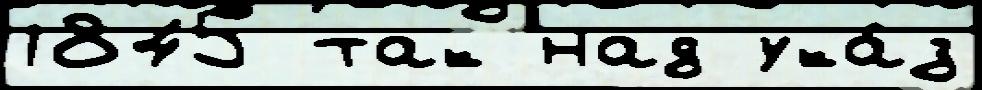
1845 так над ука́з